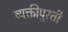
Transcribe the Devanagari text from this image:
व्यक्तीपुरती